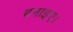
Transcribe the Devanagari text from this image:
बनाइए।